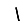
Digit: 1